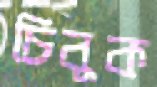
চিবুক